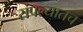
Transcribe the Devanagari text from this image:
संपल्यातच